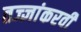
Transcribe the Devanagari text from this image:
तज्ज्ञांकरवी